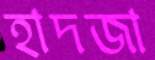
হাদজা